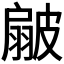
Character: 𭠊